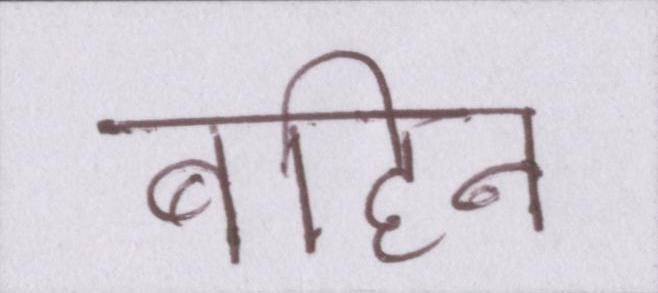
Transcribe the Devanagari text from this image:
बहिन